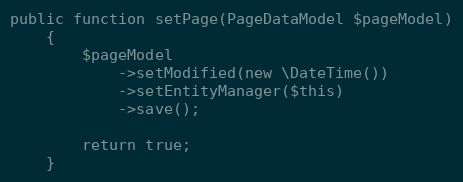
Language: PHP
public function setPage(PageDataModel $pageModel)
    {
        $pageModel
            ->setModified(new \DateTime())
            ->setEntityManager($this)
            ->save();

        return true;
    }